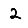
Digit: 2